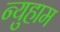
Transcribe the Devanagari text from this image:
न्युहाम